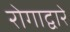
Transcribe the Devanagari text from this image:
रोगाद्वारे